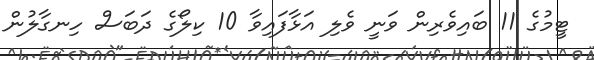
ޓީމުގެ 11 ބައިވެރިން ވަނީ ވެލި އަޅާފައިވާ 10 ކިލޯގެ ދަބަސް ހިނގާލުން